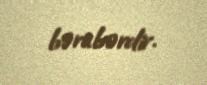
bərabərdir.